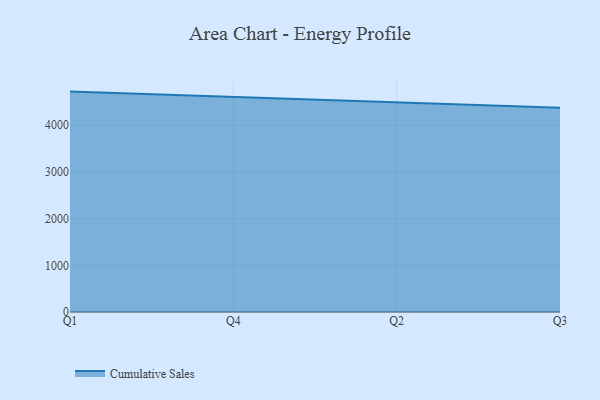
{"axis": {"x": "Quarter", "y": "Page Views"}, "legend": ["Cumulative Sales"], "data": [{"x": "Q1", "y": 4719.3, "type": "Cumulative Sales"}, {"x": "Q4", "y": 4604.6, "type": "Cumulative Sales"}, {"x": "Q2", "y": 4483.1, "type": "Cumulative Sales"}, {"x": "Q3", "y": 4373.9, "type": "Cumulative Sales"}]}